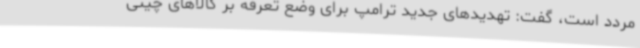
مردد است، گفت: تهدیدهای جدید ترامپ برای وضع تعرفه بر کالاهای چینی